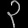
Digit: ၃